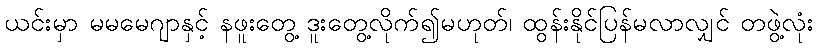
ယင်းမှာ မမမေဂျာနှင့် နဖူးတွေ့ ဒူးတွေ့လိုက်၍မဟုတ်၊ ထွန်းနိုင်ပြန်မလာလျှင် တဖွဲ့လုံး